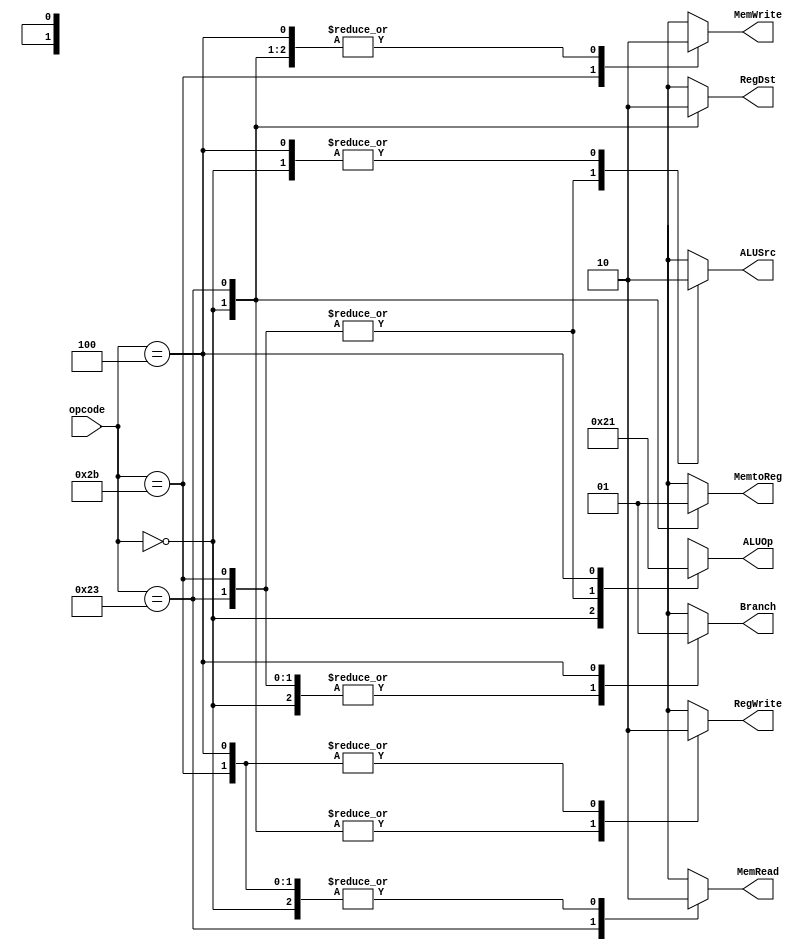
//-----------------------------------------------------------------------------
// Title         : MIPS Single-Cycle Control Unit
// Project       : ECE 313 - Computer Organization
//-----------------------------------------------------------------------------
// Organization  : Lafayette College
// 
//-----------------------------------------------------------------------------
// Description :
//   Control unit for the MIPS "Single Cycle" processor implementation described
//   Section 5.4 of "Computer Organization and Design, 3rd ed."
//   by David Patterson & John Hennessey, Morgan Kaufmann, 2004 (COD3e).  
//
//   It implements the function specified in Figure 5.18 on p. 308 of COD3e.
//
//-----------------------------------------------------------------------------

module control_single(opcode, RegDst, ALUSrc, MemtoReg, RegWrite, MemRead, MemWrite, Branch, ALUOp);
    input [5:0] opcode;
    output RegDst, ALUSrc, MemtoReg, RegWrite, MemRead, MemWrite, Branch;
    output [1:0] ALUOp;
    reg    RegDst, ALUSrc, MemtoReg, RegWrite, MemRead, MemWrite, Branch;
    reg    [1:0] ALUOp;

    parameter R_FORMAT = 6'd0;
    parameter LW = 6'd35;
    parameter SW = 6'd43;
    parameter BEQ = 6'd4;

    always @(opcode)
    begin
        case (opcode)
          R_FORMAT : 
          begin
              RegDst=1'b1; ALUSrc=1'b0; MemtoReg=1'b0; RegWrite=1'b1; MemRead=1'b0; 
              MemWrite=1'b0; Branch=1'b0; ALUOp = 2'b10;
          end
          LW :
          begin
              RegDst=1'b0; ALUSrc=1'b1; MemtoReg=1'b1; RegWrite=1'b1; MemRead=1'b1; 
              MemWrite=1'b0; Branch=1'b0; ALUOp = 2'b00;
          end
          SW :
          begin
              RegDst=1'bx; ALUSrc=1'b1; MemtoReg=1'bx; RegWrite=1'b0; MemRead=1'b0; 
              MemWrite=1'b1; Branch=1'b0; ALUOp = 2'b00;
          end
          BEQ :
          begin
              RegDst=1'bx; ALUSrc=1'b0; MemtoReg=1'bx; RegWrite=1'b0; MemRead=1'b0; 
              MemWrite=1'b0; Branch=1'b1; ALUOp = 2'b01;
          end
          default
          begin
              $display("control_single unimplemented opcode %d", opcode);
              RegDst=1'bx; ALUSrc=1'bx; MemtoReg=1'bx; RegWrite=1'bx; MemRead=1'bx; 
              MemWrite=1'bx; Branch=1'bx; ALUOp = 2'bxx;
          end

        endcase
    end
endmodule